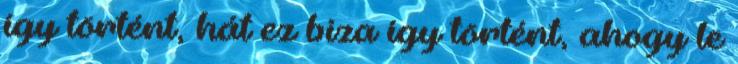
í­gy történt, hát ez biza í­gy történt, ahogy le